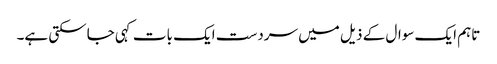
تاہم ایک سوال کے ذیل میں سردست ایک بات کہی جاسکتی ہے۔